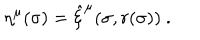
\eta ^ { \mu } ( \sigma ) = \hat { \xi } ^ { \mu } ( \sigma , r ( \sigma ) ) \ .